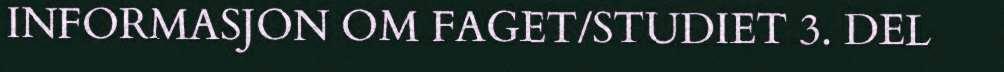
INFORMASJON OM FAGET/STUDIET 3. DEL